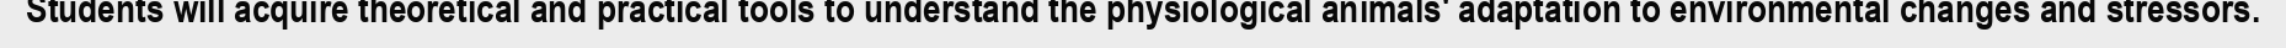
Students will acquire theoretical and practical tools to understand the physiological animals' adaptation to environmental changes and stressors.